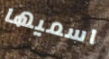
اسميها